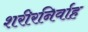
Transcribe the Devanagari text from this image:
शरीरनिर्वाह